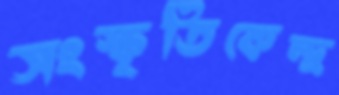
সংস্কৃতিকেন্দ্র